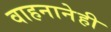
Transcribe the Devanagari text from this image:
वाहनानेही